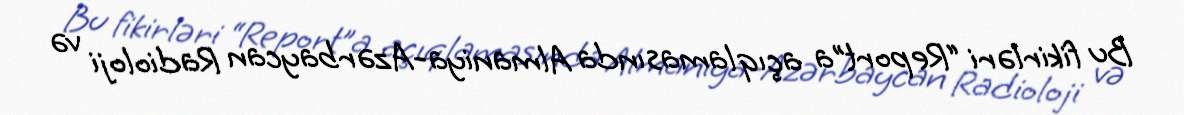
Bu fikirləri “Report”a açıqlamasında Almaniya-Azərbaycan Radioloji və